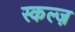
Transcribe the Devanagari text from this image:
स्कल्ज़